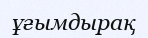
ұғымдырақ